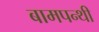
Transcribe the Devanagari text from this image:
बामपन्थी